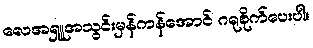
လေအရှူအသွင်းမှန်ကန်အောင် ဂရုစိုက်ပေးပါ။